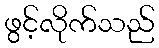
ဖွင့်လိုက်သည်